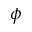
\phi